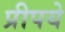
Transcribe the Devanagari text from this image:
प्रीपये